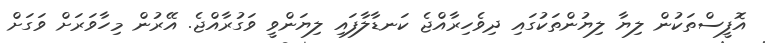
އޮފީސްތަކުން ލިޔާ ލިޔުންތަކުގައި ދިވެހިރާއްޖެ ކަނޑާލާފައި ލިޔަންވީ ވަގުރާއްޖެ. އޭރުން މިހާވަރަށް ވަގަށް